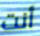
أنت